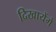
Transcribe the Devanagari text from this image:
दिखायेंगे